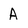
Character: A